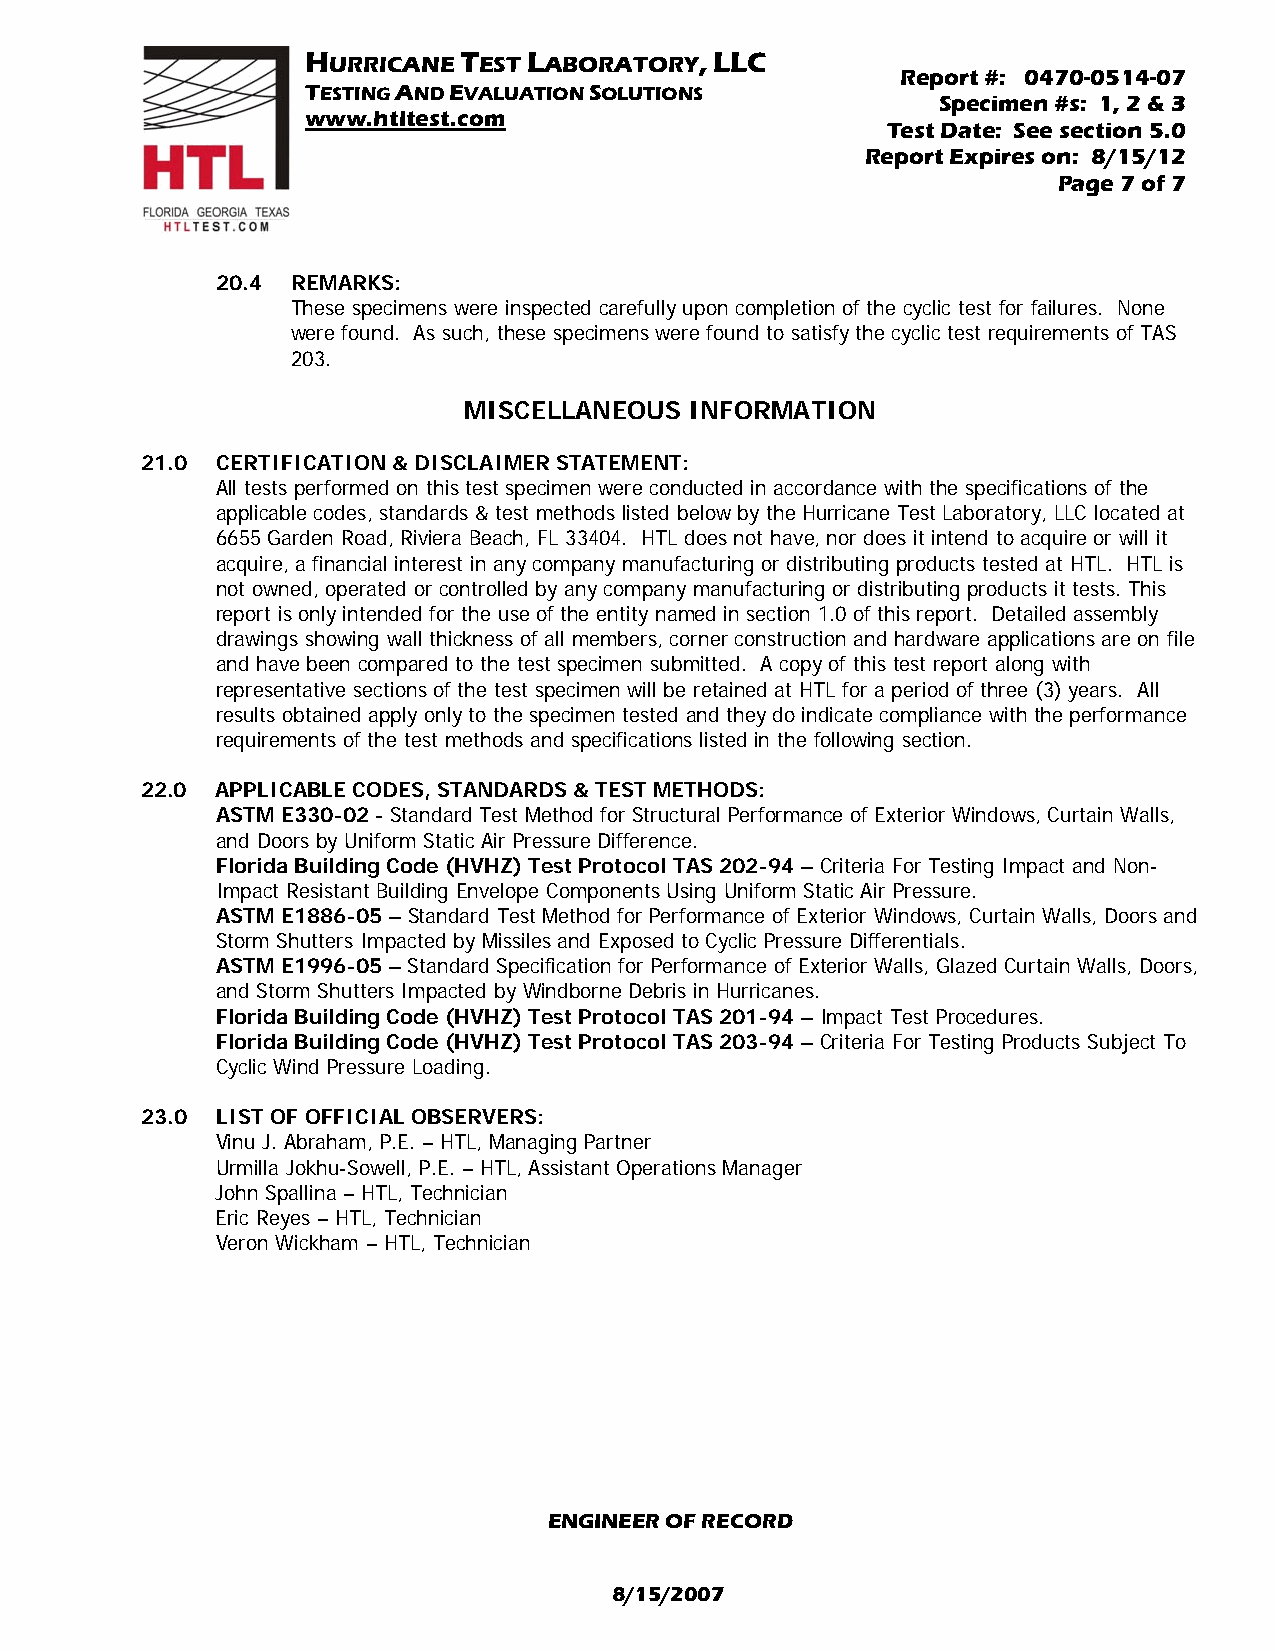
HURRICANE TEST LABORATORY, LLC
 Report #: 0470-0514-07
 TESTING AND EVALUATION SOLUTIONS
 Specimen #s: 1, 2 & 3
 www.htltest.com
 Test Date: See section 5.0
 Report Expires on: 8/15/12
 Page 7 of 7
 20.4 REMARKS:
 These specimens were inspected carefully upon completion of the cyclic test for failures. None
 were found. As such, these specimens were found to satisfy the cyclic test requirements of TAS
 203.
 MISCELLANEOUS  INFORMATION
 21.0 CERTIFICATION & DISCLAIMER STATEMENT:
 All tests performed on this test specimen were conducted in accordance with the specifications of the
 applicable codes, standards & test methods listed below by the Hurricane Test Laboratory, LLC located at
 6655 Garden Road, Riviera Beach, FL 33404. HTL does not have, nor does it intend to acquire or will it
 acquire, a financial interest in any company manufacturing or distributing products tested at HTL. HTL is
 not owned, operated or controlled by any company manufacturing or distributing products it tests. This
 report is only intended for the use of the entity named in section 1.0 of this report. Detailed assembly
 drawings showing wall thickness of all members, corner construction and hardware applications are on file
 and have been compared to the test specimen submitted. A copy of this test report along with
 representative sections of the test specimen will be retained at HTL for a period of three (3) years. All
 results obtained apply only to the specimen tested and they do indicate compliance with the performance
 requirements of the test methods and specifications listed in the following section.
 22.0 APPLICABLE CODES, STANDARDS & TEST METHODS:
 ASTM E330-02 - Standard Test Method for Structural Performance of Exterior Windows, Curtain Walls,
 and Doors by Uniform Static Air Pressure Difference.
 Florida Building Code (HVHZ) Test Protocol TAS 202-94 – Criteria For Testing Impact and Non-
 Impact Resistant Building Envelope Components Using Uniform Static Air Pressure.
 ASTM E1886-05 – Standard Test Method for Performance of Exterior Windows, Curtain Walls, Doors and
 Storm Shutters Impacted by Missiles and Exposed to Cyclic Pressure Differentials.
 ASTM E1996-05 – Standard Specification for Performance of Exterior Walls, Glazed Curtain Walls, Doors,
 and Storm Shutters Impacted by Windborne Debris in Hurricanes.
 Florida Building Code (HVHZ) Test Protocol TAS 201-94 – Impact Test Procedures.
 Florida Building Code (HVHZ) Test Protocol TAS 203-94 – Criteria For Testing Products Subject To
 Cyclic Wind Pressure Loading.
 23.0 LIST OF OFFICIAL OBSERVERS:
 Vinu J. Abraham, P.E. – HTL, Managing Partner
 Urmilla Jokhu-Sowell, P.E. – HTL, Assistant Operations Manager
 John Spallina – HTL, Technician
 Eric Reyes – HTL, Technician
 Veron Wickham – HTL, Technician
 ENGINEER OF RECORD
 8/15/2007